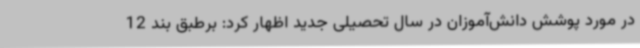
در مورد پوشش دانش‌آموزان در سال تحصیلی جدید اظهار کرد: برطبق بند 12